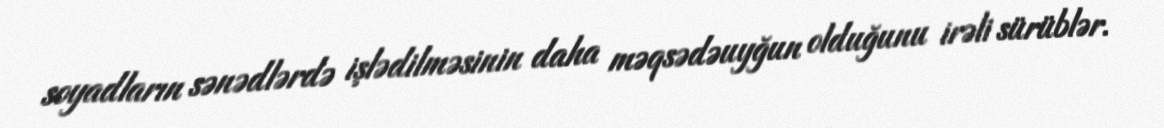
soyadların sənədlərdə işlədilməsinin daha məqsədəuyğun olduğunu irəli sürüblər.